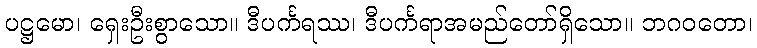
ပဋ္ဌမော၊ ရှေးဦးစွာသော။ ဒီပင်္ကရဿ၊ ဒီပင်္ကရာအမည်တော်ရှိသော။ ဘဂဝတော၊